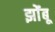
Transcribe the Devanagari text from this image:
झोंंबू